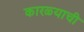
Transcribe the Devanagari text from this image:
कारळ्याची